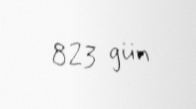
823 gün